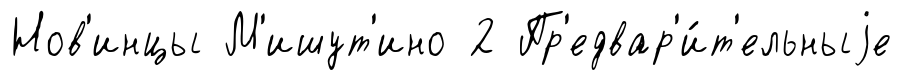
Нов'инцы М'ишут'ино 2 Пр'едвар'и́т'ельныjе